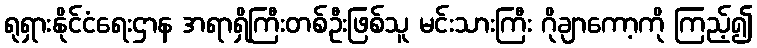
ရုရှားနိုင်ငံရေးဌာန အရာရှိကြီးတစ်ဦးဖြစ်သူ မင်းသားကြီး ဂိုချာကော့ကို ကြည့်၍